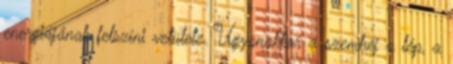
energiájának felszíni vetülete. Ugyanakkor a szemhéj a lép, a